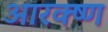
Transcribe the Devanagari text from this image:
आरक्ष्ण